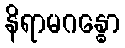
နိရာမဂန္ဓော